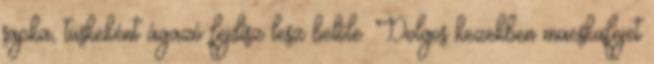
sapka, tüskeként ágazó fejdísz lesz belőle. Dolgos kezekben macskafejet